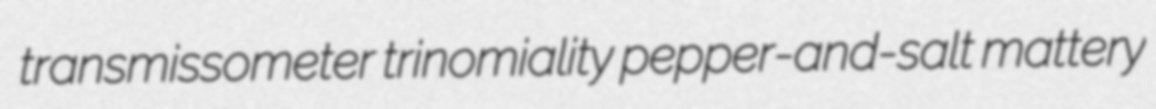
transmissometer trinomiality pepper-and-salt mattery